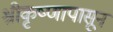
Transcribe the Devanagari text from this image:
श्रीकृष्णापासून